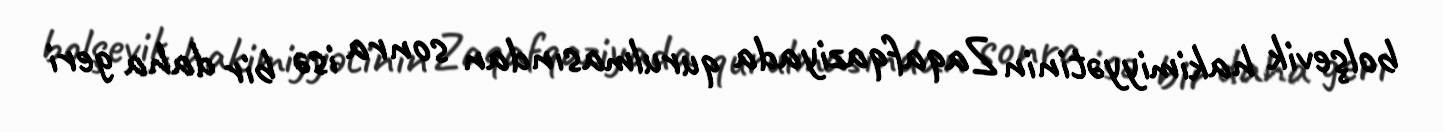
bolşevik hakimiyyətinin Zaqafqaziyada qurulmasından sonra isə bir daha geri